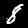
Label: 8